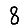
Digit: 8